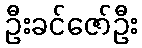
ဦးခင်ဇော်ဦး